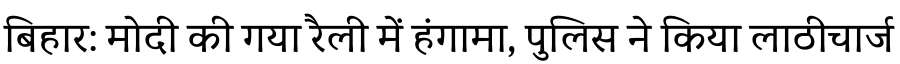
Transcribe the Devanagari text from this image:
बिहार: मोदी की गया रैली में हंगामा, पुलिस ने किया लाठीचार्ज